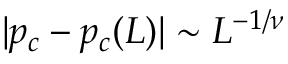
| p _ { c } - p _ { c } ( L ) | \sim L ^ { - 1 / \nu }